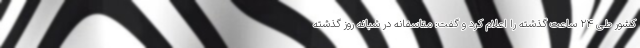
کشور طی ۲۴ ساعت گذشته را اعلام کرد و گفت: متاسفانه در شبانه روز گذشته